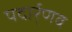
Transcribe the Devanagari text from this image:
पदार्र्णव